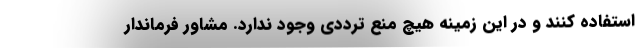
استفاده کنند و در این زمینه هیچ منع ترددی وجود ندارد. مشاور فرماندار